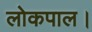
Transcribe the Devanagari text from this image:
लोकपाल।